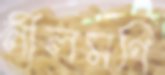
নীলমণি